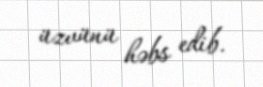
üzvünü həbs edib.